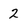
Character: 2